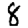
Digit: 8